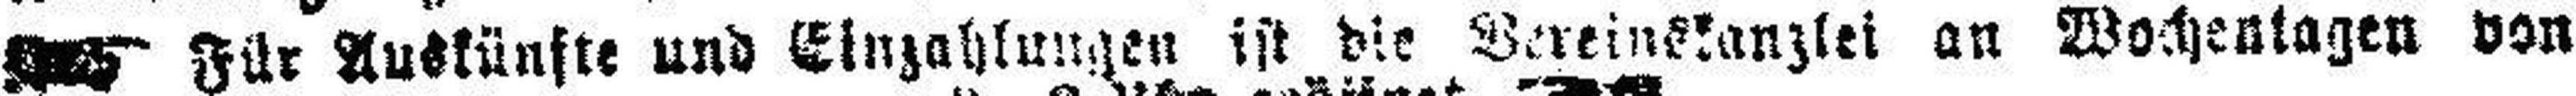
Für Auskünfte und Einzahlungen ist die Vereinslanglet an Wochentagen von